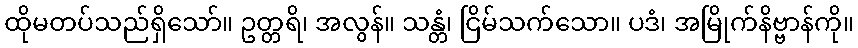
ထိုမတပ်သည်ရှိသော်။ ဥတ္တရိ၊ အလွန်။ သန္တံ၊ ငြိမ်သက်သော။ ပဒံ၊ အမြိုက်နိဗ္ဗာန်ကို။